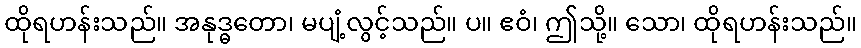
ထိုရဟန်းသည်။ အနုဒ္ဓတော၊ မပျံ့လွင့်သည်။ ပ။ ဧဝံ၊ ဤသို့။ သော၊ ထိုရဟန်းသည်။